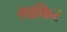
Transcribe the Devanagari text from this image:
ग़ाफिर